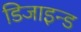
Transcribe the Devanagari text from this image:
डिजाइन्ड